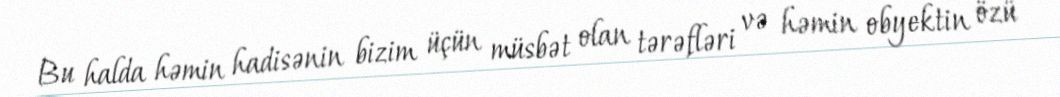
Bu halda həmin hadisənin bizim üçün müsbət olan tərəfləri və həmin obyektin özü